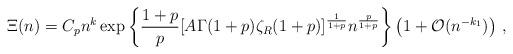
LaTeX: \begin{align*}\Xi (n)= C_pn^{k} \exp\left\{\frac{1+p}{p}[A\Gamma(1+p)\zeta_R (1+p)]^{\frac1{1+p}}n^{\frac{p}{1+p}}\right\}\left(1+{\cal O}(n^{-k_1})\right)\,\mbox{,}\end{align*}